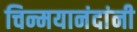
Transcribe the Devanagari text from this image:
चिन्मयानंदांनी